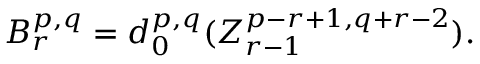
B _ { r } ^ { p , q } = d _ { 0 } ^ { p , q } ( Z _ { r - 1 } ^ { p - r + 1 , q + r - 2 } ) .